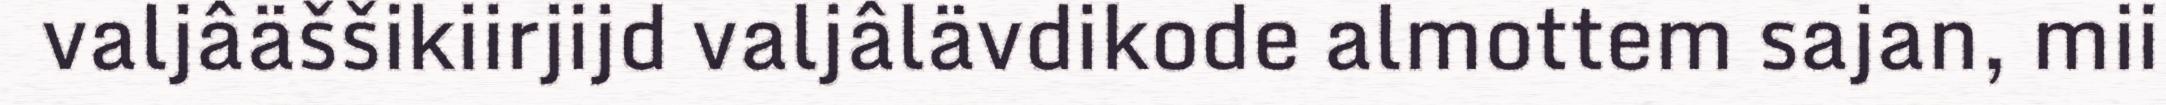
valjâäššikiirjijd valjâlävdikode almottem sajan, mii